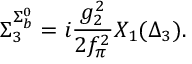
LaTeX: \Sigma _ { 3 } ^ { \Sigma _ { b } ^ { 0 } } = i \frac { g _ { 2 } ^ { 2 } } { 2 f _ { \pi } ^ { 2 } } X _ { 1 } ( \Delta _ { 3 } ) .